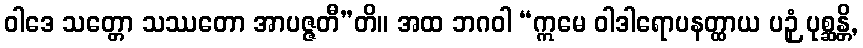
ဝါဒေ သတ္တော သဿတော အာပဇ္ဇတီ”တိ။ အထ ဘဂဝါ “ဣမေ ဝါဒါရောပနတ္ထာယ ပဉှံ ပုစ္ဆန္တိ,